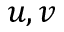
u , v